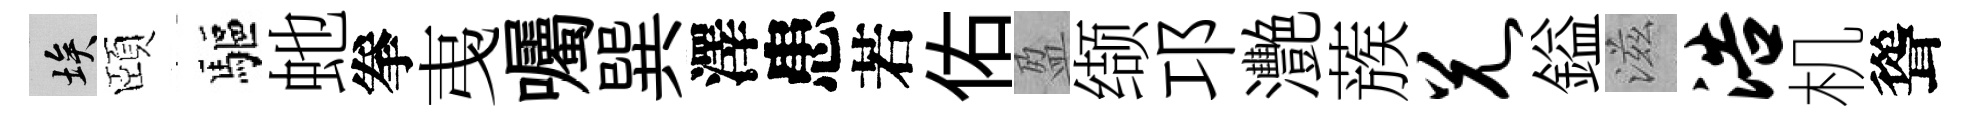
埃頤驅虵拳𢎯囑巽澤患若佑盈缬邛灧蔟兄鎰滋浩机聳